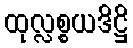
ထုလ္လစ္စယဒိဋ္ဌိ